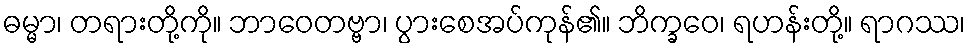
ဓမ္မာ၊ တရားတို့ကို။ ဘာဝေတဗ္ဗာ၊ ပွားစေအပ်ကုန်၏။ ဘိက္ခဝေ၊ ရဟန်းတို့။ ရာဂဿ၊